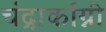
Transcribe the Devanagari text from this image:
चंद्रार्काग्नी